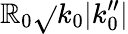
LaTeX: \mathbb{R}_{0}\sqrt{}{{k_{0}|k_{0}^{\prime\prime}|}}